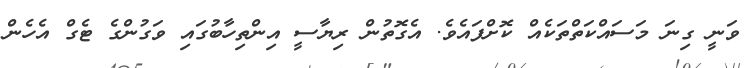
ވަނީ ގިނަ މަސައްކަތްތަކެއް ކޮށްފައެވެ. އެގޮތުން ރިޔާސީ އިންތިހާބުގައި ވަގުންގެ ޓެގް އެހެން